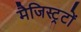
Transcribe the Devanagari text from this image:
मैजिस्ट्रटों